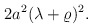
\begin{align*}2a^2(\lambda+\varrho)^2. \end{align*}